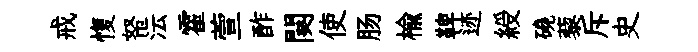
戒愎帑沄霍萱酢闋使肠榆鞞迹綬磽藜斥史